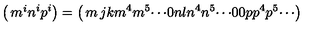
\left( \begin{matrix} { m ^ { i } } \\ { n ^ { i } } \\ { p ^ { i } } \\ \end{matrix} \right) = \left( \begin{matrix} { m } & { j } & { k } & { m ^ { 4 } } & { m ^ { 5 } } & { \cdots } \\ { 0 } & { n } & { l } & { n ^ { 4 } } & { n ^ { 5 } } & { \cdots } \\ { 0 } & { 0 } & { p } & { p ^ { 4 } } & { p ^ { 5 } } & { \cdots } \\ \end{matrix} \right)